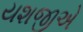
યશજીએ